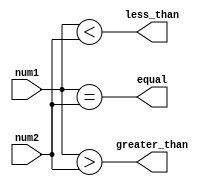
module inequality_comparator(input signed [7:0] num1,
                                 input signed [7:0] num2,
                                 output reg equal,
                                 output reg greater_than,
                                 output reg less_than);

always @(num1, num2) begin
    equal = (num1 == num2);
    greater_than = (num1 > num2);
    less_than = (num1 < num2);
end

endmodule